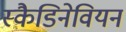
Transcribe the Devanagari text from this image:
स्कैडिनेवियन